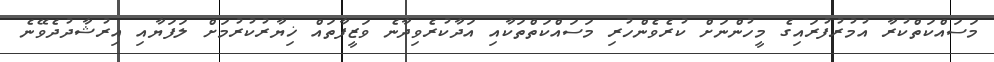
މަސައްކަތްކުރާ އުމުރުފުރައިގެ މީހުންނަށް ކުރެވެންހުރި މަސައްކަތްތަކާއި އަދާކުރެވިދާނެ ވަޒީފާތައް ޚިޔާރުކުރުމަށް ލަފަޔާއި އިރުޝާދުދެވޭނެ